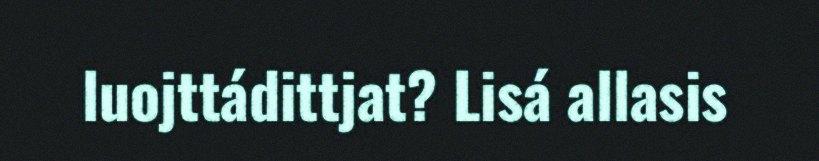
luojttádittjat? Lisá allasis